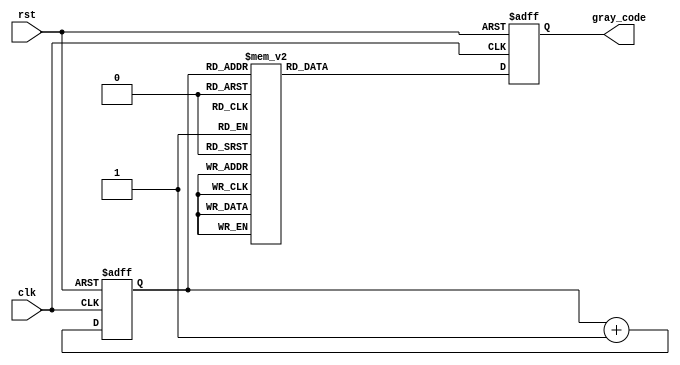
module Gray_counter_clock_divider (
    input wire clk,
    input wire rst,
    output reg [3:0] gray_code
);

reg [3:0] binary_counter;

always @(posedge clk or posedge rst) begin
    if (rst) begin
        binary_counter <= 4'b0000;
    end else begin
        binary_counter <= binary_counter + 1;
    end
end

always @(posedge clk or posedge rst) begin
    if (rst) begin
        gray_code <= 4'b0000;
    end else begin
        case (binary_counter)
            4'b0000: gray_code <= 4'b0000;
            4'b0001: gray_code <= 4'b0001;
            4'b0010: gray_code <= 4'b0011;
            4'b0011: gray_code <= 4'b0010;
            4'b0100: gray_code <= 4'b0110;
            4'b0101: gray_code <= 4'b0111;
            4'b0110: gray_code <= 4'b0101;
            4'b0111: gray_code <= 4'b0100;
            4'b1000: gray_code <= 4'b1100;
            4'b1001: gray_code <= 4'b1101;
            4'b1010: gray_code <= 4'b1111;
            4'b1011: gray_code <= 4'b1110;
            4'b1100: gray_code <= 4'b1010;
            4'b1101: gray_code <= 4'b1011;
            4'b1110: gray_code <= 4'b1001;
            4'b1111: gray_code <= 4'b1000;
        endcase
    end
end

endmodule